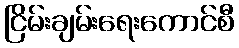
ငြိမ်းချမ်းရေးကောင်စီ